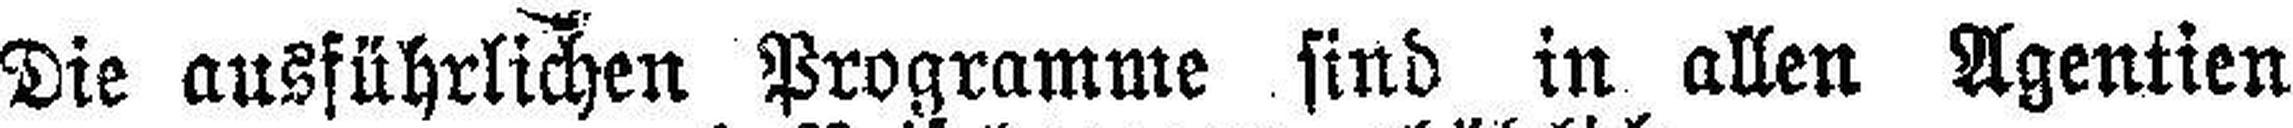
Die ausführlichen Programme sind in allen Agentien